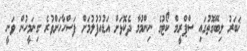
ޚަބަރު ލިބޭގޮތުގައި ސްޕްރީމް ކޯޓުގެ ނިންމުމާ ދެކޮޅަށް އަޑުއުފުލުމަށް ފަސްހާހަށްވުރެ ގިނަމީހުން ވަނީ